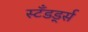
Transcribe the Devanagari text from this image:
स्टॅंडर्ड्स